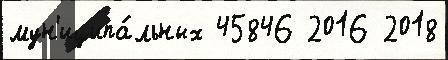
мун'иципа́льных 45846 2016 2018